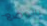
بالوضع